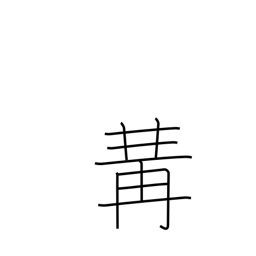
Meaning: put together